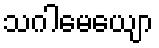
သဂါမေယျော